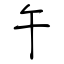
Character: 午